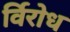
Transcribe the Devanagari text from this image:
र्विरोध